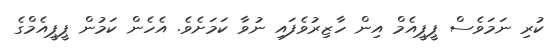
ކުރި ނަމަވެސް ޕީޕީއެމް އިން ހާޒިރުވެފައި ނުވާ ކަމަށެވެ. އެހެން ކަމުން ޕީޕީއެމްގެ